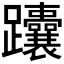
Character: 𬧟